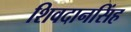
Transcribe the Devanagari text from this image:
शिवदानसिंह